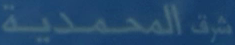
المحمدية شرفة